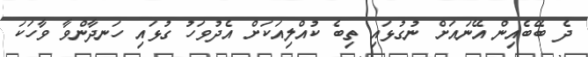
ދެ ބޭބެއިން އޭނައަށް ނުގުޅައި ތިބެ ކުއްލިއަކަށް އެދުވަހު ގުޅައި ހަނދާންވާ ވާހަކަ